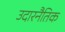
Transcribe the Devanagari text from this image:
उदारनैतिक